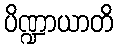
ပိဏ္ဍာယာတိ